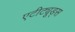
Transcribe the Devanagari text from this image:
एटीट्यूड्स